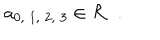
LaTeX: a _ { 0 , \; 1 , \; 2 , \; 3 } \in { \cal R } \; \; .